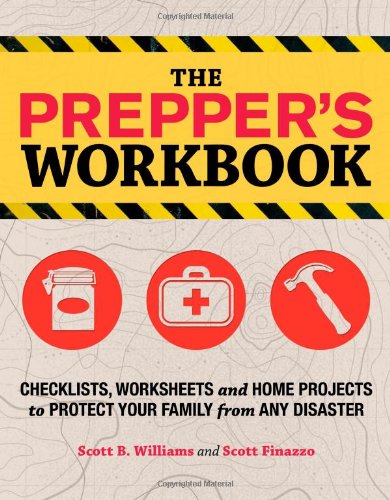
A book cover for The Prepper's Workbook: Checklists, Worksheets, and Home Projects to Protect Your Family from Any Disaster; Scott B. Williams; Health, Fitness & Dieting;